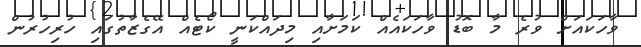
ވާހަކައަށް ވުރެ މާ ބޮޑު ވާހަކައެއް ކަމަށާއި މިދައްކަނީ ކޯޓެއް އޭގެޒާތުގައި ހުރިހުރުން